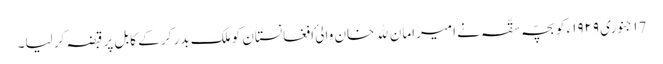
١7 جنوری ١٩٢٩ء کو بچّہ سقّہ نے امیرامان ﷲ خان والیٔ افغانستان کو ملک بدر کر کے کابل پر قبضہ کر لیا۔